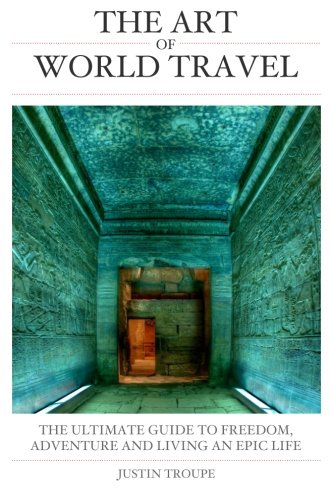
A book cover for The Art of World Travel: THE ULTIMATE GUIDE to FREEDOM, ADVENTURE AND LIVING AN EPIC LIFE; mr Justin Troupe; Travel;